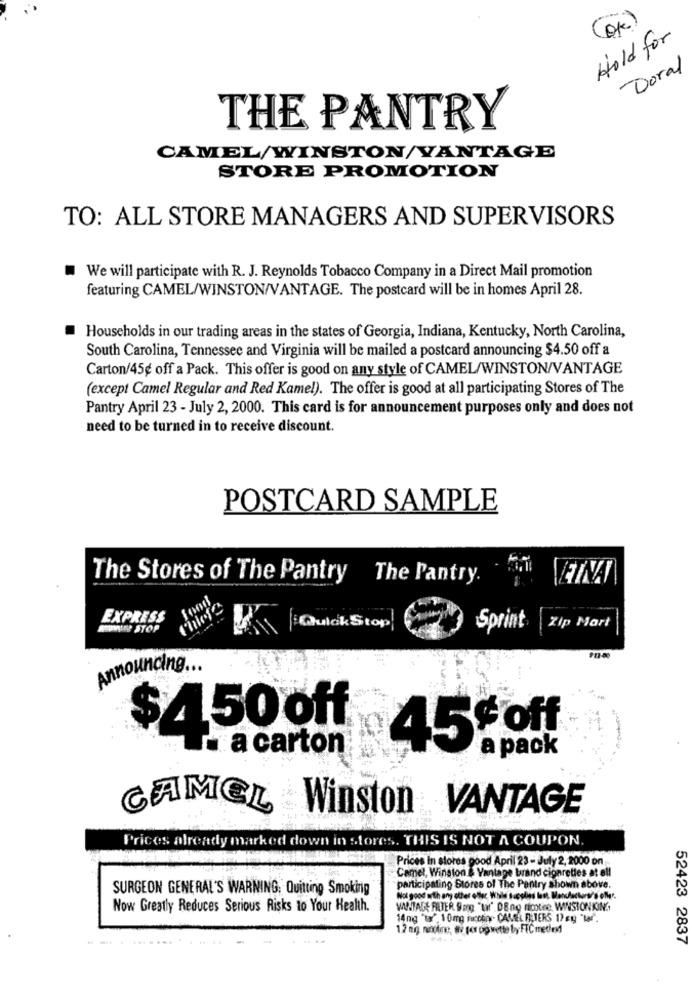
(OK)
Hold for
Doral
THE PANTRY
CAMEL/WINSTON/VANTAGE
STORE PROMOTION
TO: ALL STORE MANAGERS AND SUPERVISORS
We will participate with R. J. Reynolds Tobacco Company in a Direct Mail promotion
featuring CAMEL/WINSTON/VANTAGE. The postcard will be in homes April 28.
Households in our trading areas in the states of Georgia, Indiana, Kentucky, North Carolina,
South Carolina, Tennessee and Virginia will be mailed a postcard announcing $4.50 off a
Carton/45g off a Pack. This offer is good on any style of CAMEL/WINSTON/VANTAGE
(except Camel Regular and Red Kamel). The offer is good at all participating Stores of The
Pantry April 23 - July 2, 2000. This card is for announcement purposes only and does not
need to be turned in to receive discount.
POSTCARD SAMPLE
The Stores of The Pantry The Pantry.
EXPRESS
QuickStop
Sprint
Zip Mart
Announcing ...
$4,50 off
a carton
45#off
a pack
CAMEL Winston VANTAGE
Prices already marked down in :
fores
THIS IS NOT A COUPON.
Prices In stores good April 23 - July 2, 2000 on
Camel, Winston & Vantage brand cigarettes at oll
SURGEON GENERAL'S WARNING, Quitting Smoking
participating Stores of The Pentry shown above.
Now Greatly Reduces Serious Risks to Your Health.
VANTAGE FILTER Sang "tar', DE ng nicotine WINSTONKING
14ng "ta', 1 0mg Facotin - CAMEL FILTERS 17 gg "war".
1.2 mg nondine, ni per ogwette by FTC metin
52423 2837